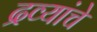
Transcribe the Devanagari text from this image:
द्रव्यांचे